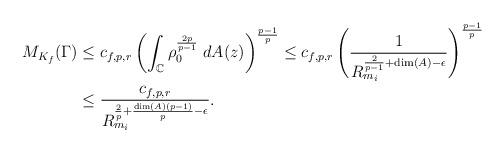
LaTeX: \begin{align*}M_{K_f}(\Gamma) & \leq c_{f,p,r} \left( \int_{\mathbb{C}} \rho_{0}^{\frac{2p}{p-1}} \; dA(z) \right)^{\frac{p-1}{p}} \leq c_{f,p,r} \left( \frac{1}{R_{m_i}^{\frac{2}{p-1}+\dim(A)-\epsilon}} \right)^{\frac{p-1}{p}} \\& \leq \frac{c_{f,p,r}}{R_{m_i}^{\frac{2}{p}+\frac{\dim(A) (p-1)}{p}-\epsilon}}.\end{align*}